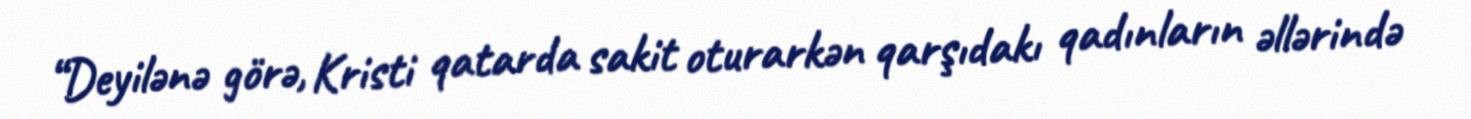
“Deyilənə görə, Kristi qatarda sakit oturarkən qarşıdakı qadınların əllərində